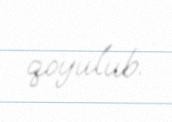
qoyulub.